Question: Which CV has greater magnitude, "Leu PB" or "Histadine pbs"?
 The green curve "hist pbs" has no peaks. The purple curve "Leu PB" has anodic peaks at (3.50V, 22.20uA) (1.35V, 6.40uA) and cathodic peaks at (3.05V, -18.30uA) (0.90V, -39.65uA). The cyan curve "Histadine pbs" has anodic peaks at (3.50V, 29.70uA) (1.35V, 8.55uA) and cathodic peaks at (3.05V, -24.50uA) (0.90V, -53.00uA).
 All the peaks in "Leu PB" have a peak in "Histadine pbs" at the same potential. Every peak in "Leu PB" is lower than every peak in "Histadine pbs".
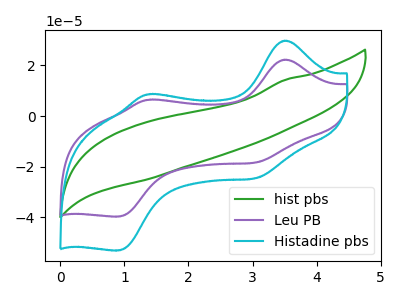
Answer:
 <answer>"Leu PB" has less signal than "Histadine pbs".</answer>
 <eval>less_signal</eval>